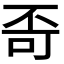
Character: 𪜄